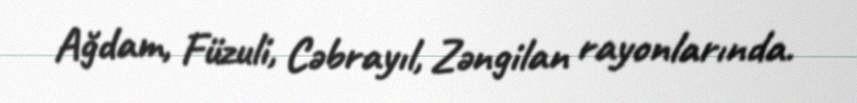
Ağdam, Füzuli, Cəbrayıl, Zəngilan rayonlarında.